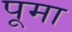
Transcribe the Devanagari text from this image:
पूमा